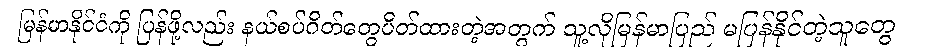
မြန်မာနိုင်ငံကို ပြန်ဖို့လည်း နယ်စပ်ဂိတ်တွေပိတ်ထားတဲ့အတွက် သူ့လိုမြန်မာပြည် မပြန်နိုင်တဲ့သူတွေ